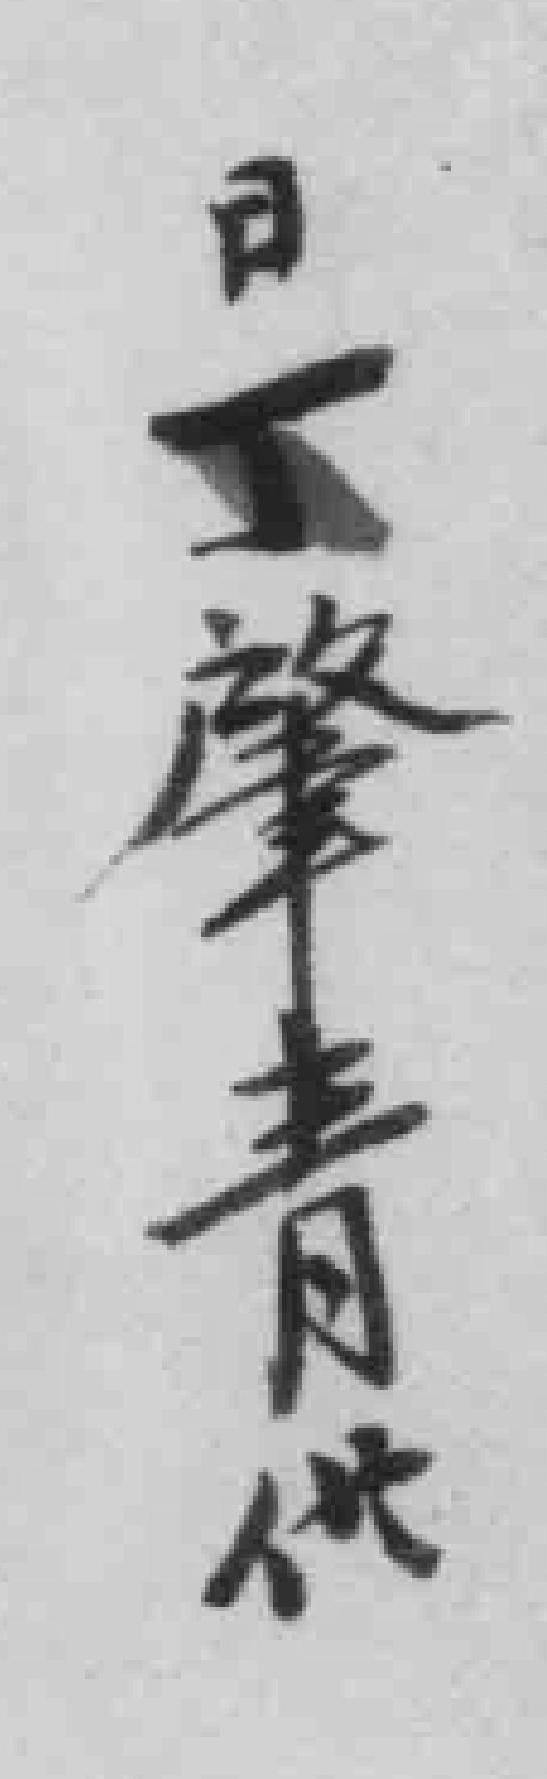
日丁肇青供